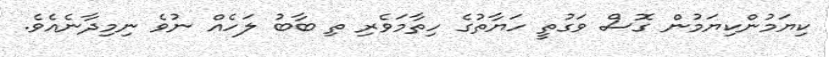
ކިޔަމުންކިޔަމުން ގޮސް ވަގުތީ ހަޔާތުގެ ހިތާމަވެރި ތި ބާބު ލަހެއް ނުވެ ނިމިދާނެއެވެ.